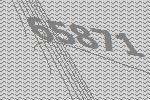
65871